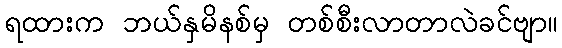
ရထားက ဘယ်နှမိနစ်မှ တစ်စီးလာတာလဲခင်ဗျာ။